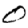
Digit: 0